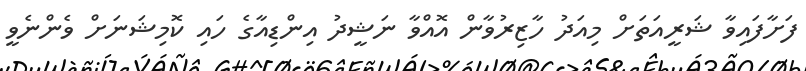
ފަށާފައިވާ ޝަރީއަތަށް މިއަދު ހާޒިރުވާން އޮއްވާ ނަޝީދު އިންޑިއާގެ ހައި ކޮމިޝަނަށް ވެންނެވީ